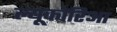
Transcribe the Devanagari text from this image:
ल्यूकोरिआ